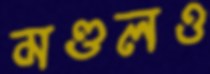
মণ্ডলও